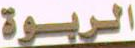
الربوة